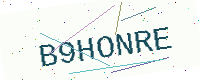
Text: B9HONRE